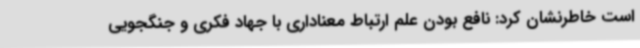
است خاطرنشان کرد: نافع بودن علم ارتباط معناداری با جهاد فکری و جنگجویی